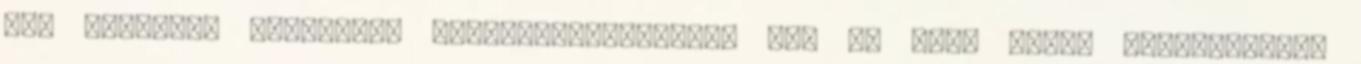
egy fideszes politikus elmúltnyolcévezik, nem is érzi magát érintettnek?